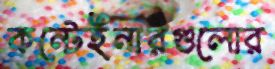
কন্টেইনারগুলোর